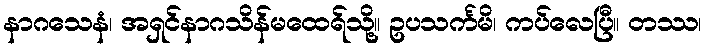
နာဂသေနံ၊ အရှင်နာဂသိန်မထေရ်သို့။ ဥပသင်္ကမိ၊ ကပ်လေပြီ။ တဿ၊